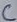
Text: C